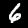
Digit: 6